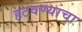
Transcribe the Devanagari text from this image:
हटवण्याचा